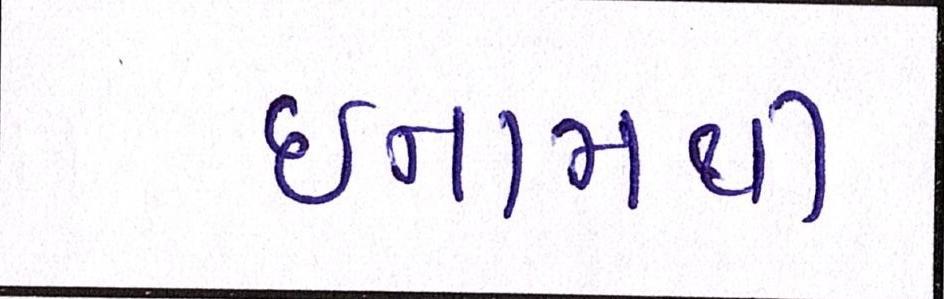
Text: ઈનામથી